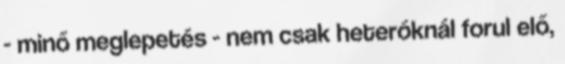
- minő meglepetés - nem csak heteróknál forul elő,